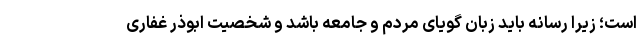
است؛ زیرا رسانه باید زبان گویای مردم و جامعه باشد و شخصیت ابوذر غفاری